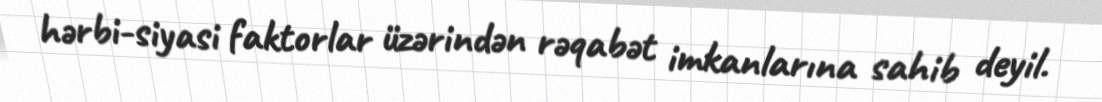
hərbi-siyasi faktorlar üzərindən rəqabət imkanlarına sahib deyil.